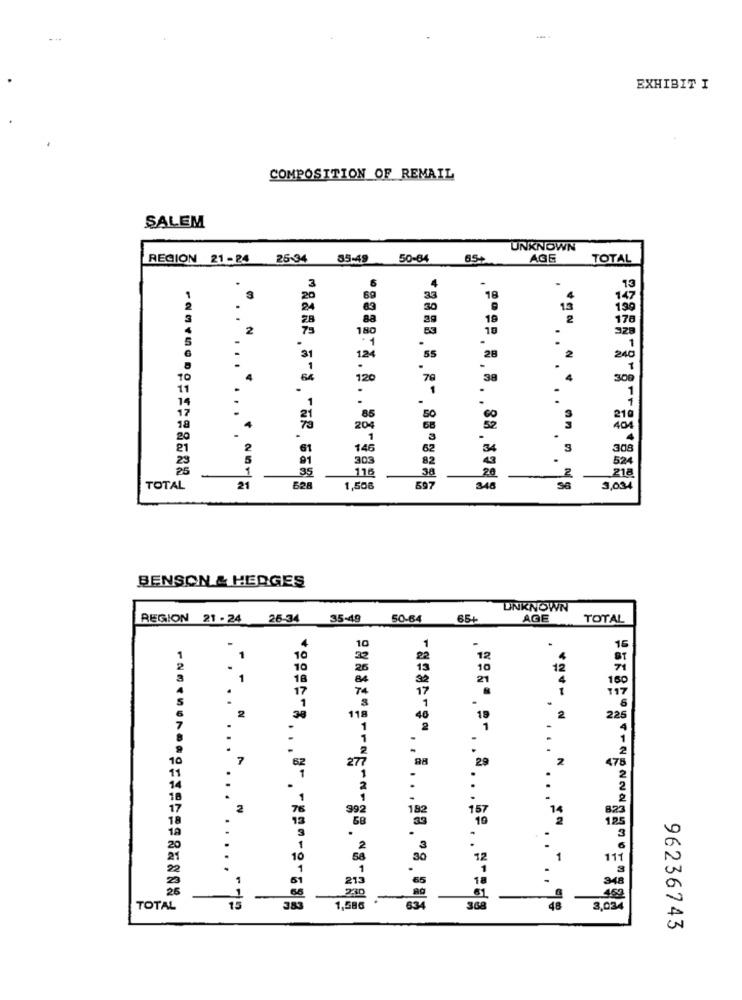
EXHIBIT I
COMPOSITION OF REMAIL
SALEM
UNKNOWN
REGION 21-24 25:34 85:49 50-64
65+
AGE
TOTAL
3
6
4
.
13
6g
33
18
147
30
1.3
199
88
20
19
2
176
73
180
53
10
328
1
31
124
55
28
2
240
1
-
.
10
64
120
70
38
4
300
11
1
.
1
85
50
210
204
68
52
404
61
146
62
34
3
308
303
82
524
35
38
2
218
TOTAL
21
B2B
1,506
597
346
3,034
BENSON & HERGES
UNKNOWN
REGION 21 - 24
26-34
35-49
50-64
65+
AGE
TOTAL
4
1
16
10
22
12
10
10
12
1
18
21
160
17
.
1
.
2
118
46
19
2
225
2
27
98
2
62
29
47
.... "
2
992
157
82
10
11
213
34
TOTAL
383
1,586
======== ... .. . ga."8.08|%
48
***= " . . . " . . .= ". .. . . q=
3,034
96236743